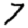
Digit: 7